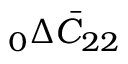
\phantom { } _ { 0 } \Delta \bar { C } _ { 2 2 }